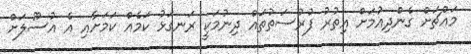
މައްޗަށް ގެންދިއުމަށް އިތުރު ފުރުސަތުތައް ދިނުމަކީ ރަނގަޅު ކަމެއް ކަމަށާއި އެ އުސޫލަށް